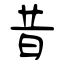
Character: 昔